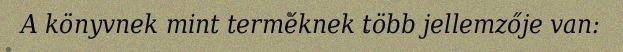
A könyvnek mint terméknek több jellemzője van: